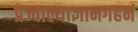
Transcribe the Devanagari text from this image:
प्रज्वाल्याज्ञानगहनं